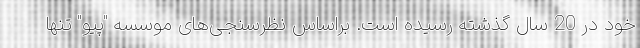
خود در 20 سال گذشته رسیده است. براساس نظرسنجی‌های موسسه "پیو" تنها